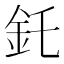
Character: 𫒇